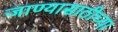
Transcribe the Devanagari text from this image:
जाण्यासाठीच्या